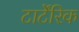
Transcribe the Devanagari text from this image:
टार्टेंरिक